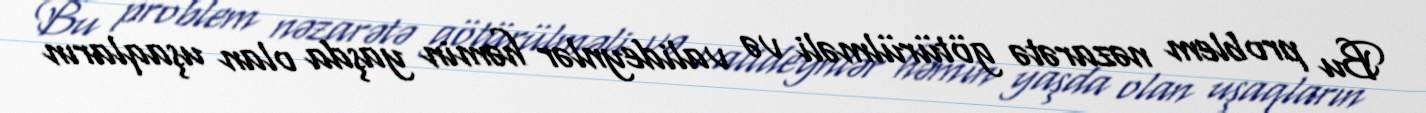
Bu problem nəzarətə götürülməli və valideynlər həmin yaşda olan uşaqların